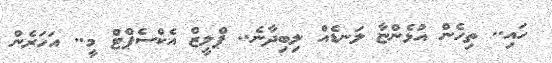
ހައި.. ތިހެން އުޅެންޏާ ލަނޑެއް ލިބިދާނެ.. ޕްލީޒް އެކްސެޕްޓް މީ.. އަހަރެން